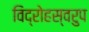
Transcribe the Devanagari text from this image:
विद्रोहस्वरुप